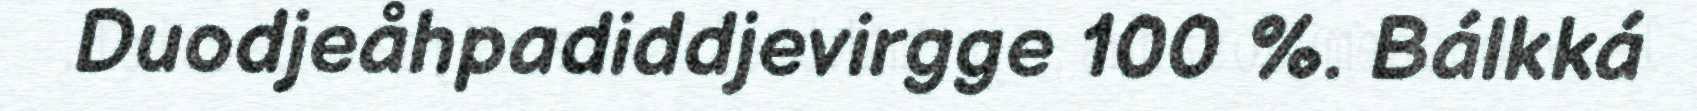
Duodjeåhpadiddjevirgge 100 %. Bálkká